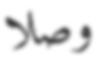
وصلا